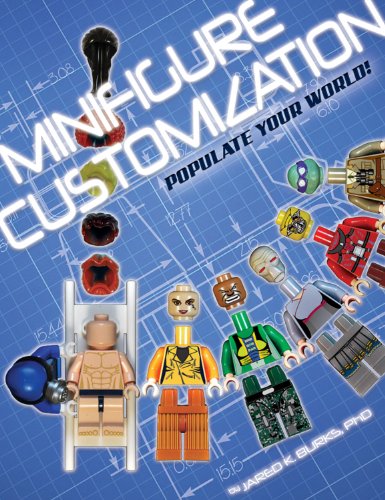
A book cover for Minifigure Customization: Populate Your World!; Jared K. Burks; Humor & Entertainment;